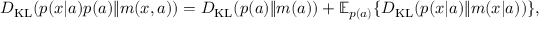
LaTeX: D _ { \mathrm { K L } } ( p ( x | a ) p ( a ) \| m ( x , a ) ) = D _ { \mathrm { K L } } ( p ( a ) \| m ( a ) ) + \mathbb { E } _ { p ( a ) } \{ D _ { \mathrm { K L } } ( p ( x | a ) \| m ( x | a ) ) \} ,